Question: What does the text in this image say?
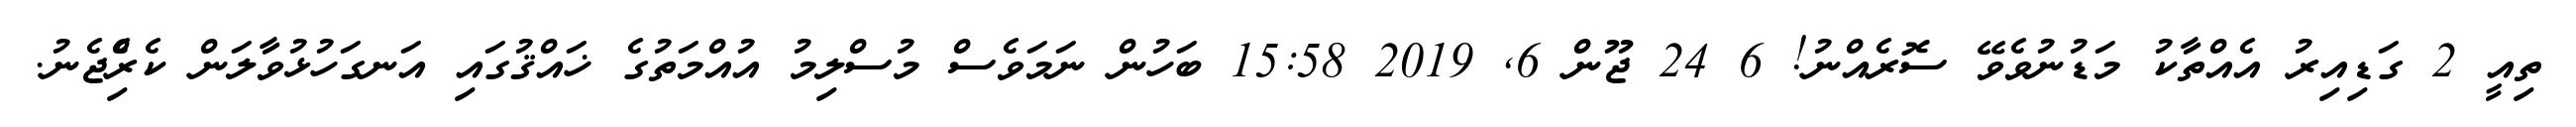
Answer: ތިއީ 2 ގަޑިއިރު އެއްތާކު މަޑުނުވެވޭ ސޮރެއްނު! 6 24 ޖޫން 6, 2019 15:58 ބަހުން ނަމަވެސް މުސްލިމު އުއްމަތުގެ ޚައްޤުގައި އަނގަހުޅުވާލަން ކެރިެްޖެނު.